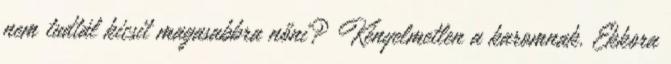
nem tudtál kicsit magasabbra nőni? Kényelmetlen a karomnak. Ekkora